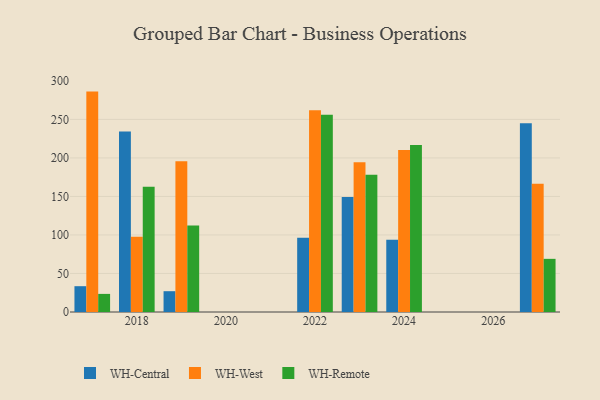
{"axis": {"x": "Year", "y": "Headcount"}, "legend": ["WH-Central", "WH-Remote", "WH-West"], "data": [{"x": "2018", "y": 234.2, "type": "WH-Central"}, {"x": "2018", "y": 97.6, "type": "WH-West"}, {"x": "2018", "y": 162.5, "type": "WH-Remote"}, {"x": "2024", "y": 93.7, "type": "WH-Central"}, {"x": "2024", "y": 210.4, "type": "WH-West"}, {"x": "2024", "y": 216.7, "type": "WH-Remote"}, {"x": "2019", "y": 27.0, "type": "WH-Central"}, {"x": "2019", "y": 195.7, "type": "WH-West"}, {"x": "2019", "y": 112.2, "type": "WH-Remote"}, {"x": "2027", "y": 245.1, "type": "WH-Central"}, {"x": "2027", "y": 166.6, "type": "WH-West"}, {"x": "2027", "y": 69.0, "type": "WH-Remote"}, {"x": "2017", "y": 33.5, "type": "WH-Central"}, {"x": "2017", "y": 286.1, "type": "WH-West"}, {"x": "2017", "y": 23.5, "type": "WH-Remote"}, {"x": "2022", "y": 96.3, "type": "WH-Central"}, {"x": "2022", "y": 261.9, "type": "WH-West"}, {"x": "2022", "y": 256.0, "type": "WH-Remote"}, {"x": "2023", "y": 149.2, "type": "WH-Central"}, {"x": "2023", "y": 194.4, "type": "WH-West"}, {"x": "2023", "y": 178.2, "type": "WH-Remote"}]}